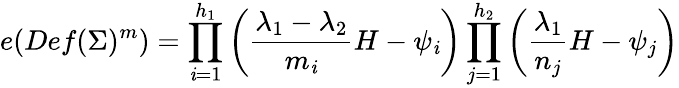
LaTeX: e(Def(\Sigma)^{m})=\prod_{\mathit{i}=1}^{h_{1}}\left({\frac{{\lambda_{1}-\lambda_{2}}}{{m_{\mathit{i}}}}}H-\psi_{\mathit{i}}\right)\prod_{j=1}^{h_{2}}\left({\frac{{\lambda_{1}}}{{n_{j}}}}H-\psi_{j}\right)